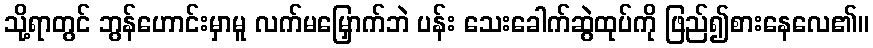
သို့ရာတွင် ဘွန်ဟောင်းမှာမူ လက်မမြှောက်ဘဲ ပန်း သေးခေါက်ဆွဲထုပ်ကို ဖြည်၍စားနေလေ၏။